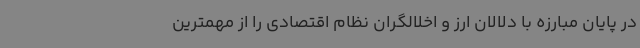
در پایان مبارزه با دلالان ارز و اخلالگران نظام اقتصادی را از مهمترین